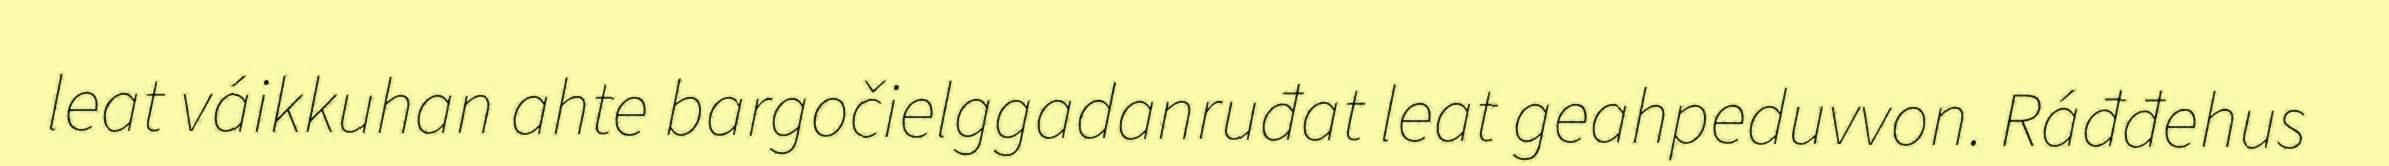
leat váikkuhan ahte bargočielggadanruđat leat geahpeduvvon. Ráđđehus